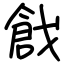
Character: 戧